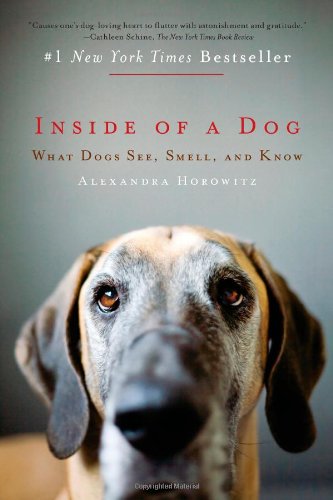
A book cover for Inside of a Dog: What Dogs See, Smell, and Know; Alexandra Horowitz; Crafts, Hobbies & Home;